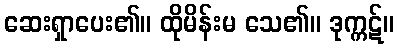
ဆေးရှာပေး၏။ ထိုမိန်းမ သေ၏။ ဒုက္ကဋ်။